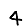
Digit: 4